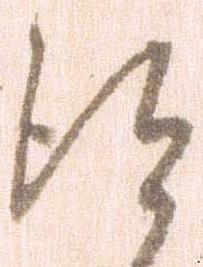
得